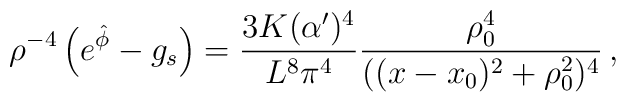
\rho^{-4} \left(e^{\hat \phi} - g_s \right) =   	{3 K(\alpha')^4 \over L^8 \pi^4}{  \rho_0^4\over  ((x-x_0)^2 + 	\rho_0^2)^4 }  \, ,